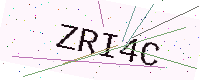
Text: ZRI4C